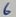
Text: 6